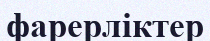
фарерліктер